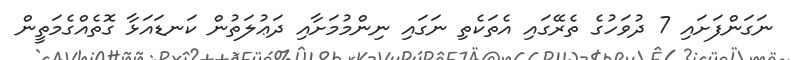
ނަގަންފަށައި 7 ދުވަހުގެ ތެރޭގައި އެތަކެތި ނަގައި ނިންމުމަށާއި ދަޢުލަތުން ކަނޑައަޅާ ގޮތެއްގެމަތީން